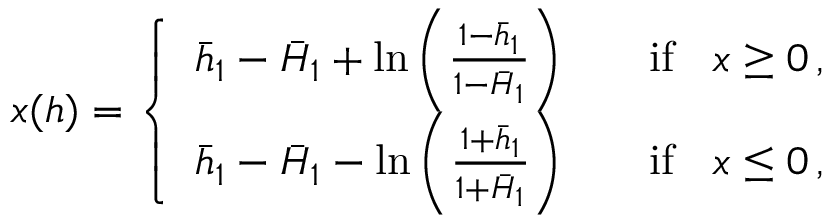
x ( h ) = \left\{ \begin{array} { l l } { \bar { h } _ { 1 } - \bar { H } _ { 1 } + \ln \left( \frac { 1 - \bar { h } _ { 1 } } { 1 - \bar { H } _ { 1 } } \right) } & { \quad \mathrm { i f ~ } \; \; x \geq 0 \, , } \\ { \bar { h } _ { 1 } - \bar { H } _ { 1 } - \ln \left( \frac { 1 + \bar { h } _ { 1 } } { 1 + \bar { H } _ { 1 } } \right) } & { \quad \mathrm { i f ~ } \; \; x \leq 0 \, , } \end{array} \right.